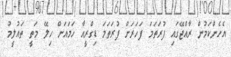
އެހެންކަމުން ރާއްޖޭގައި ފުރަތަމަ ފަހަރަށް ފުރަތަމަ ޑިގްރީއާ ހަމައަށް ހިލޭ މަތީ ތައުލީމު